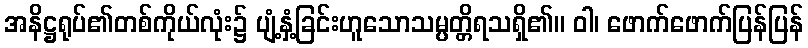
အနိဋ္ဌရုပ်၏တစ်ကိုယ်လုံး၌ ပျံ့နှံ့ခြင်းဟူသောသမ္ပတ္တိရသရှိ၏။ ဝါ၊ ဖောက်ဖောက်ပြန်ပြန်